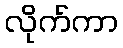
လိုက်ကာ